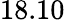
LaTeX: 18.10